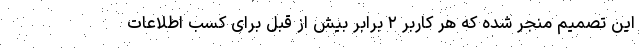
این تصمیم منجر شده که هر کاربر ۲ برابر بیش از قبل برای کسب اطلاعات